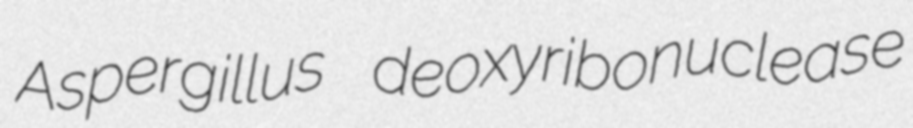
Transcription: Aspergillus deoxyribonuclease